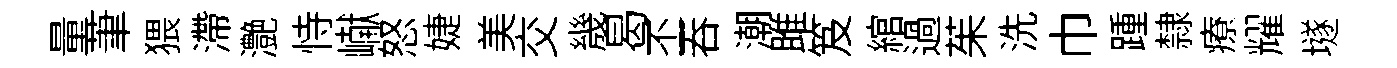
量茟猥滯灔恃𪩘怒婕美交㡬曷丕吞潮雎笈綰過茱洗巾踵隸療耀𡑞